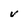
Character: v